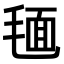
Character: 𣮻